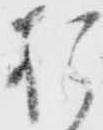
お